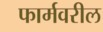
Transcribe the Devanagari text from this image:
फार्मवरील